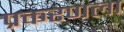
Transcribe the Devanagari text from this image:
प्रकरणला